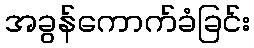
အခွန်ကောက်ခံခြင်း